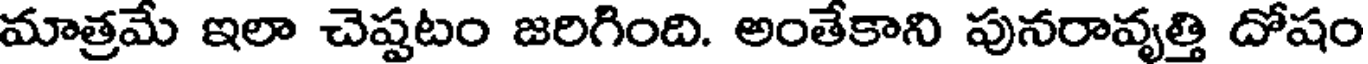
మాత్రమే ఇలా చెప్పటం జరిగింది. అంతేకాని పునరావృత్తి దోషం